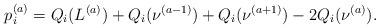
LaTeX: \begin{align*} p^{(a)}_i=Q_i(L^{(a)})+Q_i(\nu^{(a-1)})+Q_i(\nu^{(a+1)})-2Q_i(\nu^{(a)}).\end{align*}